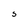
Character: S